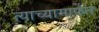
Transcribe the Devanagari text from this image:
त्याच्यामार्फत